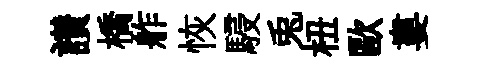
讃橋舴恢駸兎杻歐婁